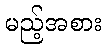
မည့်အစား